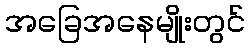
အခြေအနေမျိုးတွင်